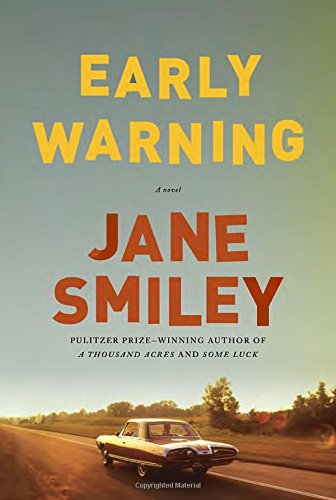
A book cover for Early Warning: A novel; Jane Smiley; Literature & Fiction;